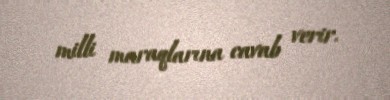
milli maraqlarına cavab verir.